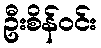
ဦးစိန်ဝင်း